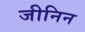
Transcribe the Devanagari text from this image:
जीनिन